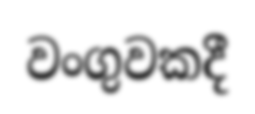
වංගුවකදී